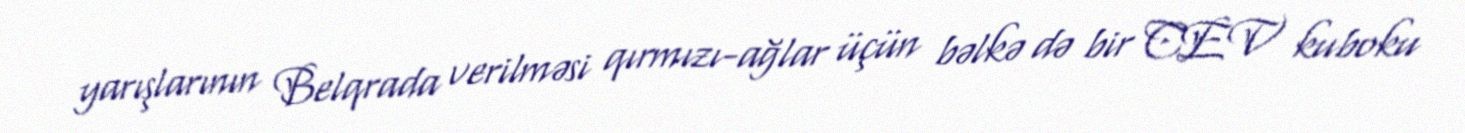
yarışlarının Belqrada verilməsi qırmızı-ağlar üçün bəlkə də bir CEV kuboku